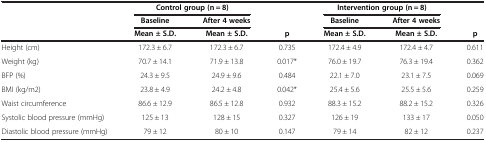
<table><thead><tr><td rowspan="3"><b> </b></td><td colspan="2"><b>Control group (n = 8)</b></td><td><b> </b></td><td colspan="2"><b>Intervention group (n = 8)</b></td><td><b> </b></td></tr><tr><td><b>Baseline</b></td><td><b>After 4 weeks</b></td><td><b> </b></td><td><b>Baseline</b></td><td><b>After 4 weeks</b></td><td><b> </b></td></tr><tr><td><b>Mean ± S.D.</b></td><td><b>Mean ± S.D.</b></td><td><b>p</b></td><td><b>Mean ± S.D.</b></td><td><b>Mean ± S.D.</b></td><td><b>p</b></td></tr></thead><tbody><tr><td>Height (cm)</td><td>172.3 ± 6.7</td><td>172.3 ± 6.7</td><td>0.735</td><td>172.4 ± 4.9</td><td>172.4 ± 4.7</td><td>0.611</td></tr><tr><td>Weight (kg)</td><td>70.7 ± 14.1</td><td>71.9 ± 13.8</td><td>0.017*</td><td>76.0 ± 19.7</td><td>76.3 ± 19.4</td><td>0.362</td></tr><tr><td>BFP (%)</td><td>24.3 ± 9.5</td><td>24.9 ± 9.6</td><td>0.484</td><td>22.1 ± 7.0</td><td>23.1 ± 7.5</td><td>0.069</td></tr><tr><td>BMI (kg/m2)</td><td>23.8 ± 4.9</td><td>24.2 ± 4.8</td><td>0.042*</td><td>25.4 ± 5.6</td><td>25.5 ± 5.6</td><td>0.259</td></tr><tr><td>Waist circumference</td><td>86.6 ± 12.9</td><td>86.5 ± 12.8</td><td>0.932</td><td>88.3 ± 15.2</td><td>88.2 ± 15.2</td><td>0.326</td></tr><tr><td>Systolic blood pressure (mmHg)</td><td>125 ± 13</td><td>128 ± 15</td><td>0.327</td><td>126 ± 19</td><td>133 ± 17</td><td>0.050</td></tr><tr><td>Diastolic blood pressure (mmHg)</td><td>79 ± 12</td><td>80 ± 10</td><td>0.147</td><td>79 ± 14</td><td>82 ± 12</td><td>0.237</td></tr></tbody></table>